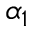
\alpha _ { 1 }